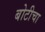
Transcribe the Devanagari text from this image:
बोटीचा